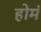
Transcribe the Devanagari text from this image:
होमं